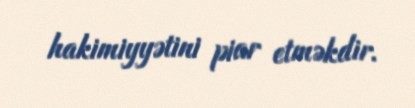
hakimiyyətini piar etməkdir.